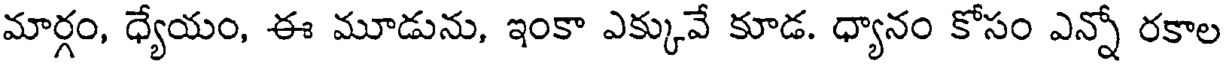
మార్గం, ధ్యేయం, ఈ మూడును, ఇంకా ఎక్కువే కూడ. ధ్యానం కోసం ఎన్నో రకాల